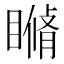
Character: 𥊕